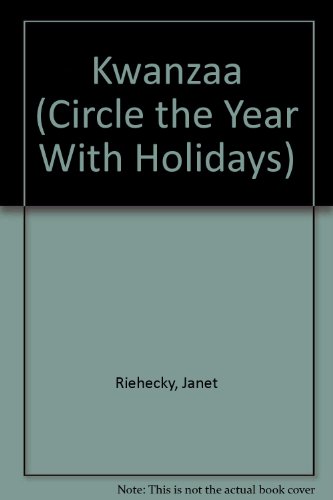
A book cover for Kwanzaa (Circle the Year With Holidays); Janet Riehecky; Children's Books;